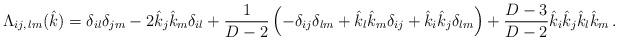
LaTeX: \begin{align*}\Lambda_{ij,\,lm}(\hat{k})=\delta_{il}\delta_{jm} -2\hat{k}_j \hat{k}_m \delta_{il} +\frac{1}{D-2}\left (-\delta_{ij}\delta_{lm} + \hat{k}_l \hat{k}_m \delta_{ij} +\hat{k}_i \hat{k}_j \delta_{lm}\right ) +\frac{D-3}{D-2}\hat{k}_i \hat{k}_j \hat{k}_l \hat{k}_m \,.\end{align*}